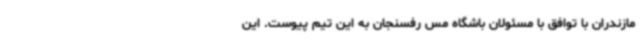
مازندران با توافق با مسئولان باشگاه مس رفسنجان به این تیم پیوست. این